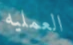
العمليه